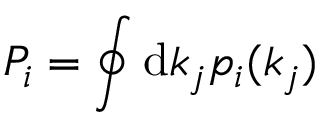
P _ { i } = \oint \mathrm { d } k _ { j } p _ { i } ( k _ { j } )